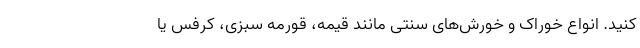
کنید. انواع خوراک و خورش‌های سنتی مانند قیمه، قورمه سبزی، کرفس یا